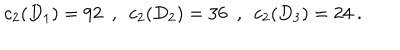
c _ { 2 } ( D _ { 1 } ) = 9 2 ~ ~ , ~ ~ c _ { 2 } ( D _ { 2 } ) = 3 6 ~ ~ , ~ ~ c _ { 2 } ( D _ { 3 } ) = 2 4 ~ .